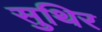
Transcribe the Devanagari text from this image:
सुथिर